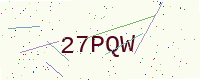
Text: 27PQW